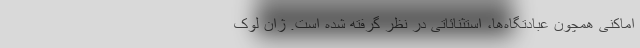
اماکنی همچون عبادتگاه‌ها، استثنائاتی در نظر گرفته شده است. ژان لوک